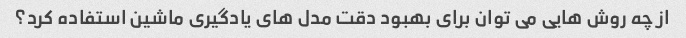
از چه روش هایی می توان برای بهبود دقت مدل های یادگیری ماشین استفاده کرد؟